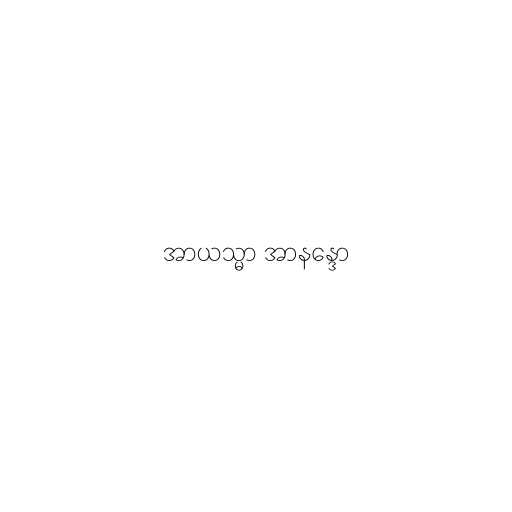
အာယသ္မာ အာနန္ဒော